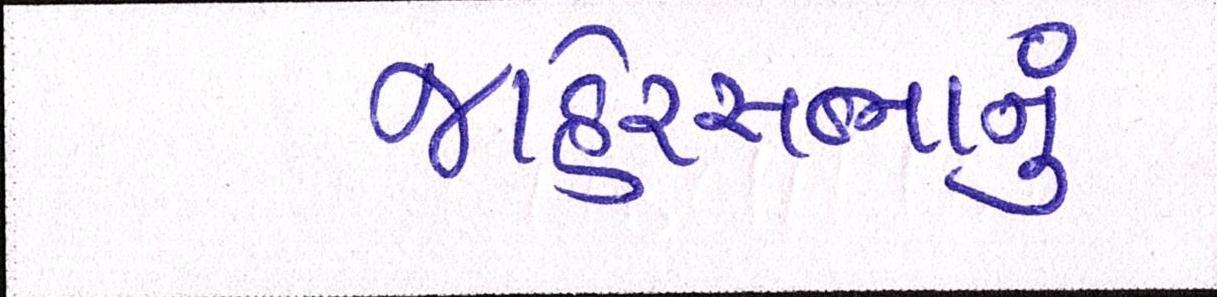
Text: જાહેરસભાનું